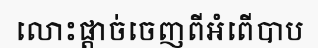
លោះផ្តាច់ចេញពីអំពើបាប